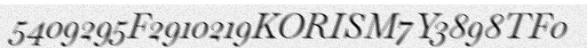
5409295F2910219KORISM7Y3898TF0